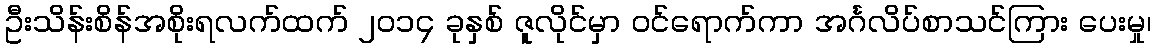
ဦးသိန်းစိန်အစိုးရလက်ထက် ၂၀၁၄ ခုနှစ် ဇူလိုင်မှာ ၀င်ရောက်ကာ အင်္ဂလိပ်စာသင်ကြား ပေးမှု၊